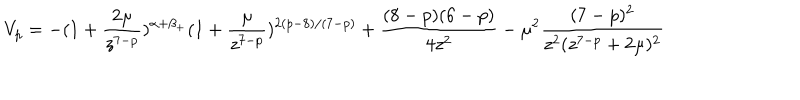
V _ { p } = - ( 1 + \frac { 2 \mu } { z ^ { 7 - p } } ) ^ { \alpha + \beta _ { + } } ( 1 + \frac { \mu } { z ^ { 7 - p } } ) ^ { 2 ( p - 8 ) / ( 7 - p ) } + \frac { ( 8 - p ) ( 6 - p ) } { 4 z ^ { 2 } } - \mu ^ { 2 } \frac { ( 7 - p ) ^ { 2 } } { z ^ { 2 } ( z ^ { 7 - p } + 2 \mu ) ^ { 2 } }